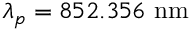
\lambda _ { p } = 8 5 2 . 3 5 6 ~ \mathrm { n m }